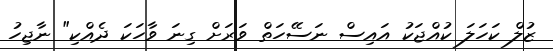
ޒުލް ކަހަލަ ކުއްޖަކު އައިސް ނަސޭހަތް ވަރަށް ގިނަ ވާހަކަ ދެއްކި" ނާޖިހު